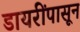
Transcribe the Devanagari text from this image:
डायरींपासून